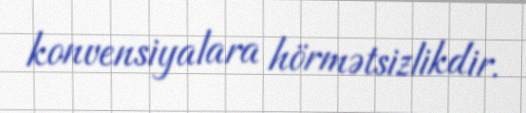
konvensiyalara hörmətsizlikdir.